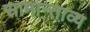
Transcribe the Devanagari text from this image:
सामान्ताव्य